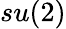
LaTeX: su(2)